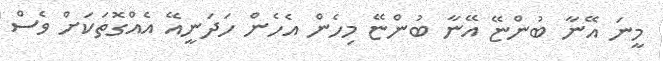
މީނަ އޭނާ ބުންޏޭ އޭނާ ބުންޏޭ މިހެން އެހެން ހަދަނީއޭ އެއްގޮތަކަށް ވެސް